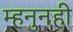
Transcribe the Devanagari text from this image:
म्हनुनही